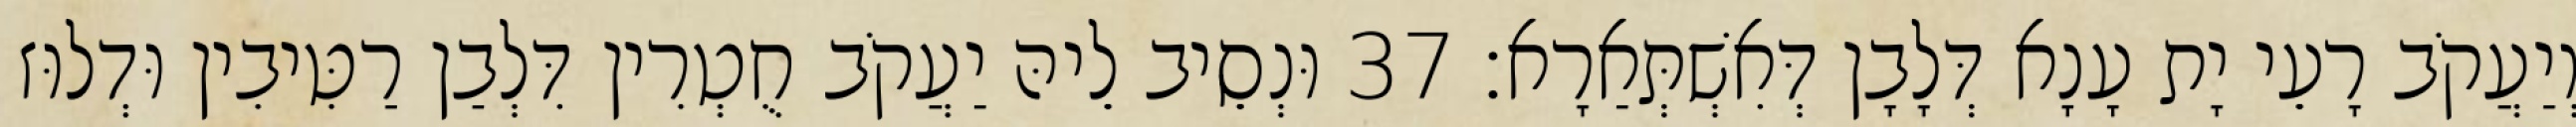
וְיַעֲקֹב רָעֵי יָת עָנָא דְּלָבָן דְּאִשְׁתְּאַרָא׃ 37 וּנְסֵיב לֵיהּ יַעֲקֹב חֻטְרִין דִּלְבַן רַטִּיבִין וּדְלוּז